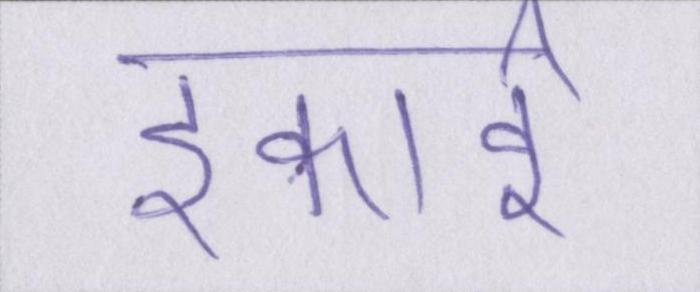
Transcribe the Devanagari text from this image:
इकाई